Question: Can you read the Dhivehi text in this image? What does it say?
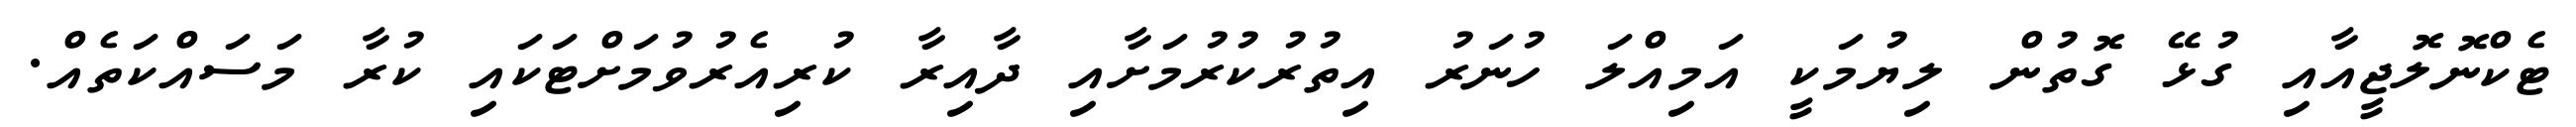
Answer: ޓެކްނޮލޮޖީއާއި ގުޅޭ ގޮތުން ލިޔުމަކީ އަމިއްލަ ހުނަރު އިތުރުކުރުމަށާއި ދާއިރާ ކުރިއެރުވުމަށްޓަކައި ކުރާ މަސައްކަތެއް.